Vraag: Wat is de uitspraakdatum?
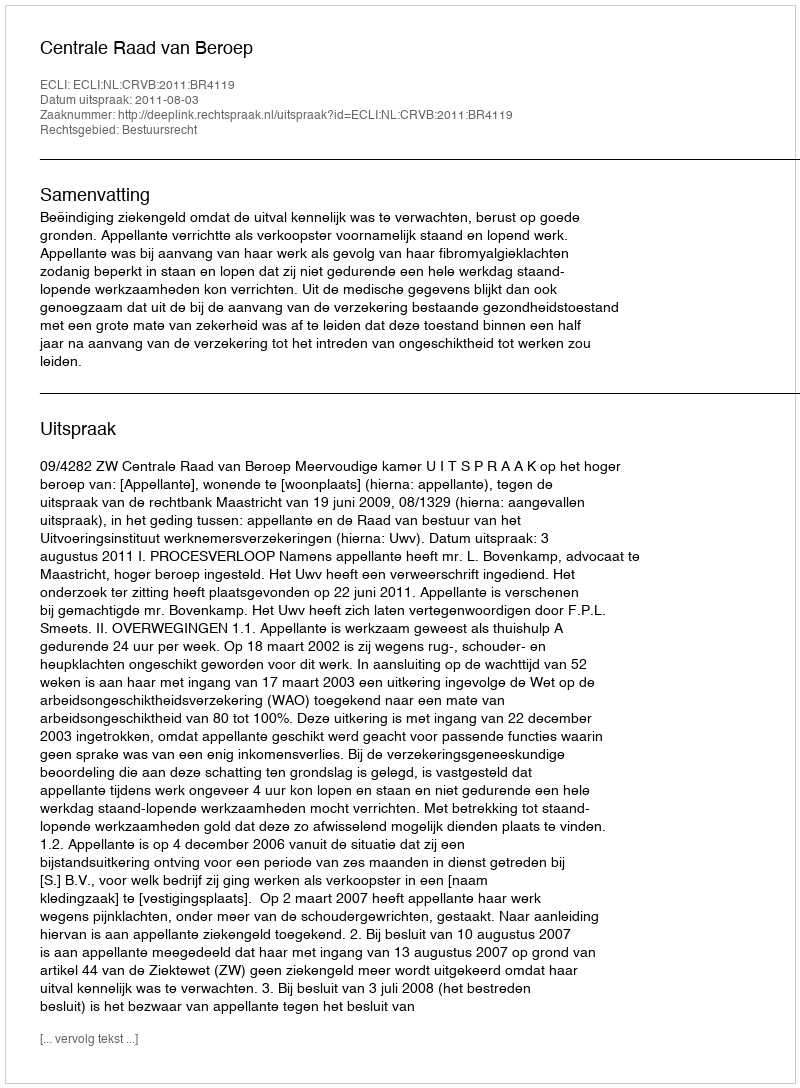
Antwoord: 2011-08-03